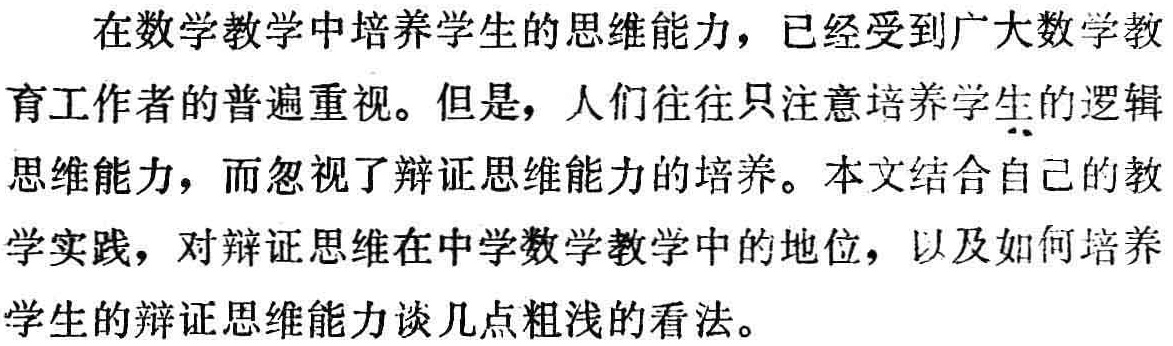
在数学教学中培养学生的思维能力，已经受到广大数学教育工作者的普遍重视。但是，人们往往只注意培养学生的逻辑思维能力，而忽视了辩证思维能力的培养。本文结合自己的教学实践，对辩证思维在中学数学教学中的地位，以及如何培养学生的辩证思维能力谈几点粗浅的看法。